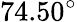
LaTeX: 74.50^{\circ}